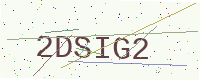
Text: 2DSIG2